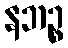
နဘဉ္စ